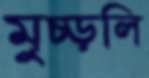
মুচ্‌ড়লি